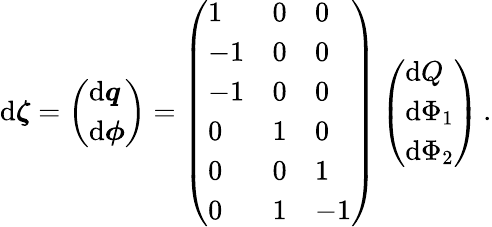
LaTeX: \begin{array}{r}{\mathrm{d}\boldsymbol{\zeta}=\left(\begin{array}{l}{\mathrm{d}\boldsymbol{q}}\\ {\mathrm{d}\boldsymbol{\phi}}\end{array}\right)=\left(\begin{array}{lll}{1}&{0}&{0}\\ {-1}&{0}&{0}\\ {-1}&{0}&{0}\\ {0}&{1}&{0}\\ {0}&{0}&{1}\\ {0}&{1}&{-1}\end{array}\right)\left(\begin{array}{l}{\mathrm{d}Q}\\ {\mathrm{d}\Phi_{1}}\\ {\mathrm{d}\Phi_{2}}\end{array}\right)\, .}\end{array}